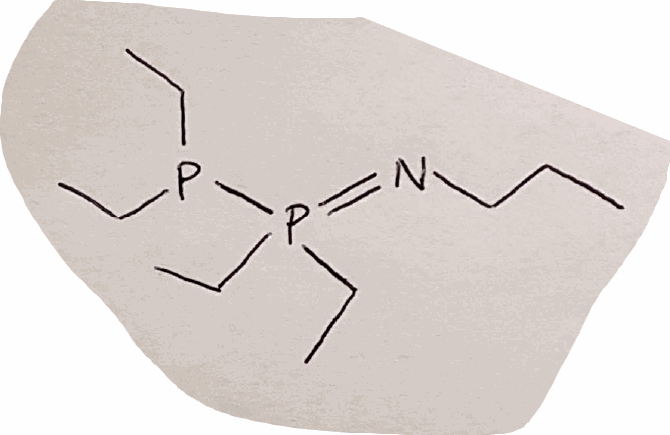
Simplified molecular-input line-entry system (SMILES) notation of the given molecule:
CCCN=P(CC)(CC)P(CC)CC